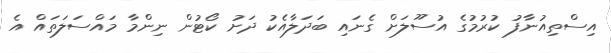
އިސްތިއުނާފު ކުރުމުގެ އުސޫލަށް ގެނައި ބަދަލާއެކު ދަށު ކޯޓުން ނިންމާ މައްސަލަތައް އެ